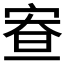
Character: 𡨵